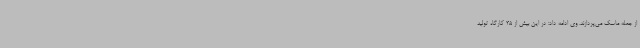
از جمله ماسک می‌پردازند. وی ادامه داد: در این بیش از 35 کارگاه تولید